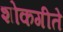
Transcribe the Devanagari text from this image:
शोकगीते